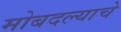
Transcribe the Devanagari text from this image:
मोबदल्याचे